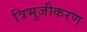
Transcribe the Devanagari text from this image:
त्रिभुजीकरण